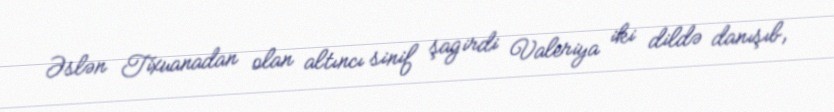
Əslən Tixuanadan olan altıncı sinif şagirdi Valeriya iki dildə danışıb,